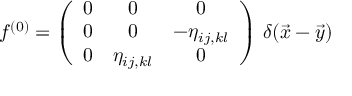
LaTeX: f ^ { ( 0 ) } = \left( \begin{array} { c c c } { { 0 } } & { { 0 } } & { { 0 } } \\ { { 0 } } & { { 0 } } & { { - \eta _ { i j , k l } } } \\ { { 0 } } & { { \eta _ { i j , k l } } } & { { 0 } } \end{array} \right) \, \delta ( \vec { x } - \vec { y } )